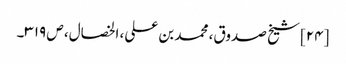
[۲۴] شیخ صدوق، محمد بن علی، الخصال، ص ۳۱۹۔